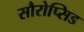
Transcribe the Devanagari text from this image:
सौरोप्सिड